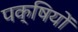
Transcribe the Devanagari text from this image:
पक्षियों